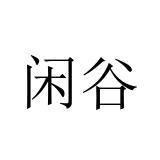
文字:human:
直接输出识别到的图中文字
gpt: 闲谷